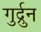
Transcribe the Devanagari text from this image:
गुर्द्रुन